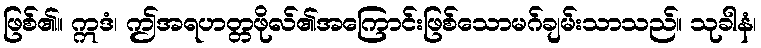
ဖြစ်၏။ ဣဒံ၊ ဤအရဟတ္တဖိုလ်၏အကြောင်းဖြစ်သောမဂ်ချမ်းသာသည်။ သုခါနံ၊